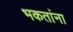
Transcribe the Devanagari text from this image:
भकतांना